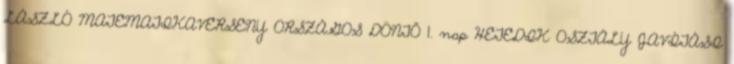
LÁSZLÓ MATEMATIKAVERSENY ORSZÁGOS DÖNTŐ 1. nap HETEDIK OSZTÁLY JAVÍTÁSI